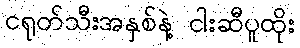
ငရုတ်သီးအနှစ်နဲ့ ငါးဆီပူထိုး